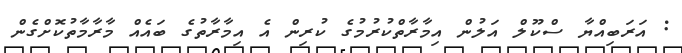
: އަރަބިއްޔާ ސްކޫލް އަލުން އިމާރާތްކުރުމުގެ ކުރިން އެ އިމާރާތުގެ ބައެއް މާރާމާތުކޮށްގެން